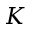
K